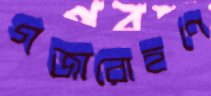
গজারোহণে